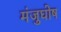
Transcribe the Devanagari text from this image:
मंजुघोष